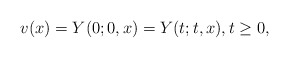
\begin{align*} v(x)=Y(0;0,x)=Y(t;t,x), t\geq 0,\end{align*}